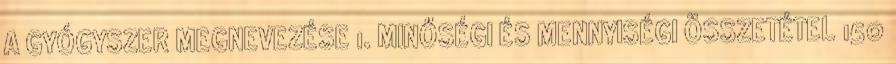
A GYÓGYSZER MEGNEVEZÉSE 1. MINŐSÉGI ÉS MENNYISÉGI ÖSSZETÉTEL 150